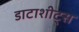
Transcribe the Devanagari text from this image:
डाटाशीट्स